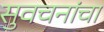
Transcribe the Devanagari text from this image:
सुवचनांचा